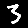
Digit: 3